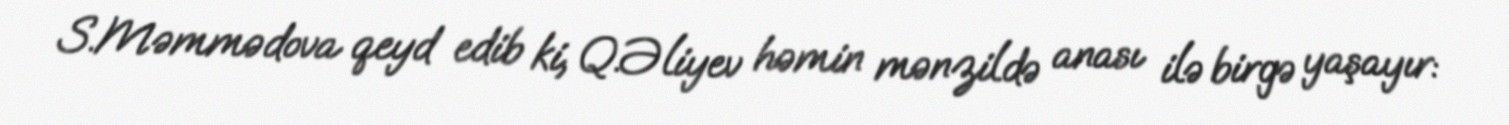
S.Məmmədova qeyd edib ki, Q.Əliyev həmin mənzildə anası ilə birgə yaşayır: